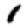
Digit: 1